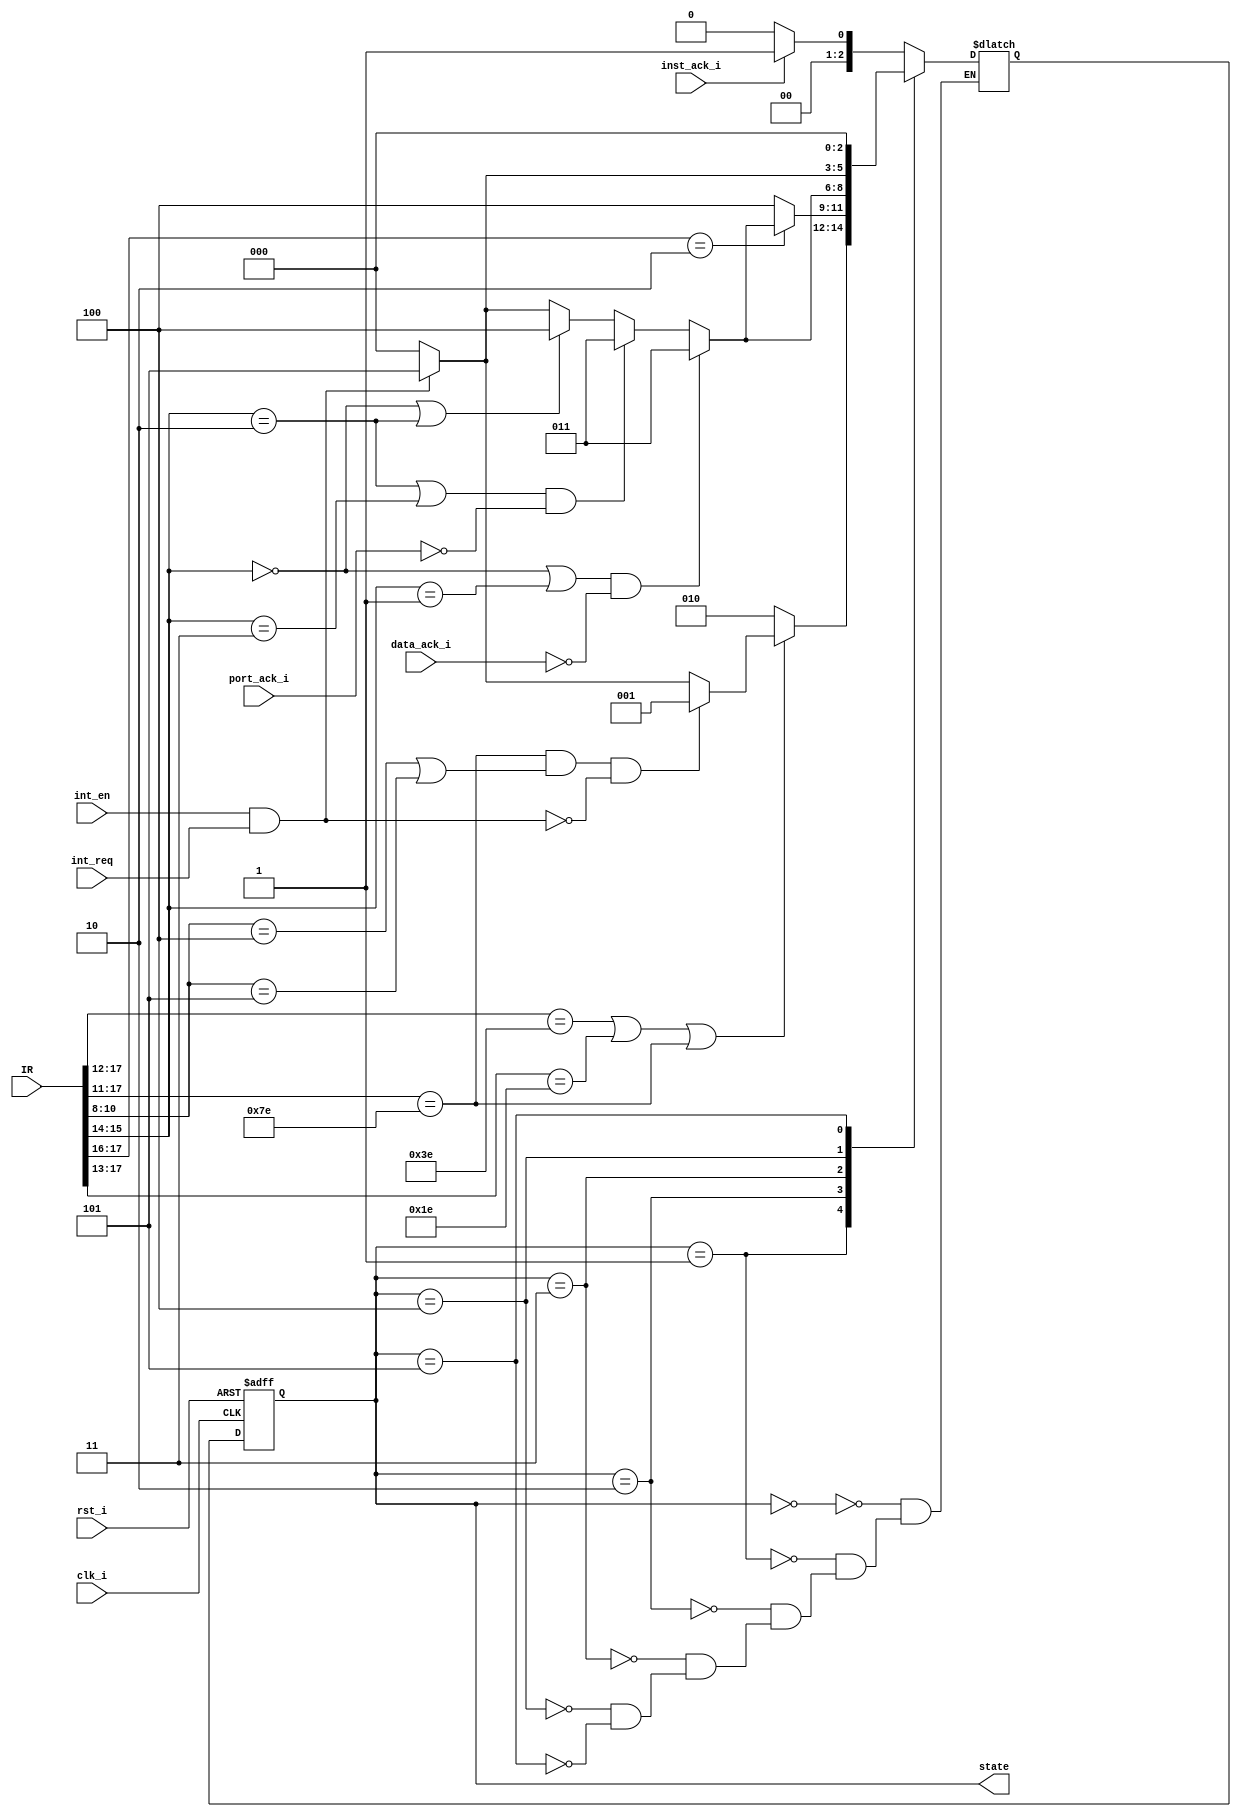
module fsm_gumnut(
	 input            clk_i,  // Clock
    input            rst_i,  // Reset
	 input[17:0]      IR,     // Instruction Register
	 // Interrupts
    input            int_req, // Interrupt request
	 input            int_en,  // Interrupt enable
	 input            inst_ack_i, //Enable for decode
	 input            data_ack_i, //Enable for data entry
	 input		      port_ack_i, // Enable for IO entry
	 output reg [2:0] state   // FSM state

);

// Constant
localparam [2:0] alu_fn_add  = 3'b000;
localparam [2:0] alu_fn_addc = 3'b001;
localparam [2:0] alu_fn_sub  = 3'b010;
localparam [2:0] alu_fn_subc = 3'b011;
localparam [2:0] alu_fn_and  = 3'b100;
localparam [2:0] alu_fn_or   = 3'b101;
localparam [2:0] alu_fn_xor  = 3'b110;
localparam [2:0] alu_fn_mask = 3'b111;

localparam [1:0] shift_fn_shl = 2'b00;
localparam [1:0] shift_fn_shr = 2'b01;
localparam [1:0] shift_fn_rol = 2'b10;
localparam [1:0] shift_fn_ror = 2'b11;

localparam [1:0] mem_fn_ldm = 2'b00;
localparam [1:0] mem_fn_stm = 2'b01;
localparam [1:0] mem_fn_inp = 2'b10;
localparam [1:0] mem_fn_out = 2'b11;

localparam [1:0] branch_fn_bz  = 2'b00;
localparam [1:0] branch_fn_bnz = 2'b01;
localparam [1:0] branch_fn_bc  = 2'b10;
localparam [1:0] branch_fn_bnc = 2'b11;

localparam [0:0] jump_fn_jmp = 1'b0;
localparam [0:0] jump_fn_jsb = 1'b1;

localparam [2:0] misc_fn_ret  	  = 3'b000;
localparam [2:0] misc_fn_reti 	  = 3'b001;
localparam [2:0] misc_fn_enai 	  = 3'b010;
localparam [2:0] misc_fn_disi 	  = 3'b011;
localparam [2:0] misc_fn_wait 	  = 3'b100;
localparam [2:0] misc_fn_stby 	  = 3'b101;
localparam [2:0] misc_fn_undef_6 = 3'b110;
localparam [2:0] misc_fn_undef_7 = 3'b111;

//IR Partition
wire [ 2: 0] IR_alu_reg_fn;
wire [16:14] IR_alu_immed_fn;
wire [ 1: 0] IR_shift_fn;
wire [15:14] IR_mem_fn;
wire [11:10] IR_branch_fn;
wire [12:12] IR_jump_fn;
wire [10: 8] IR_misc_fn;

wire [13:11] IR_rd;
wire [10: 8] IR_rs;
wire [ 7: 5] IR_r2;
wire [ 7: 0] IR_immed;
wire [ 7: 5] IR_count;
wire [ 7: 0] IR_offset;
wire [ 7: 0] IR_disp;
wire [11: 0] IR_addr;

wire IR_decode_alu_immed;
wire IR_decode_mem;
wire IR_decode_shift;
wire IR_decode_alu_reg;
wire IR_decode_jump;
wire IR_decode_branch;
wire IR_decode_misc;

assign IR_alu_reg_fn   = IR[2:0];
assign IR_alu_immed_fn = IR[16:14];
assign IR_shift_fn     = IR[1:0];
assign IR_mem_fn       = IR[15:14];
assign IR_branch_fn    = IR[11:10];
assign IR_jump_fn      = IR[12:12];
assign IR_misc_fn      = IR[10:8];

assign IR_rd     = IR[13:11];
assign IR_rs     = IR[10:8];
assign IR_r2     = IR[7:5];
assign IR_immed  = IR[7:0];
assign IR_count  = IR[7:5];
assign IR_offset = IR[7:0];
assign IR_disp   = IR[7:0];
assign IR_addr   = IR[11:0];

assign IR_decode_alu_immed = IR[17]    == 1'b0;
assign IR_decode_mem       = IR[17:16] == 2'b10;
assign IR_decode_shift     = IR[17:15] == 3'b110;
assign IR_decode_alu_reg   = IR[17:14] == 4'b1110;
assign IR_decode_jump      = IR[17:13] == 5'b11110;
assign IR_decode_branch    = IR[17:12] == 6'b111110;
assign IR_decode_misc      = IR[17:11] == 7'b1111110;

// FSM State Definition
parameter [2:0] fetch_state      = 3'b000,
					decode_state     = 3'b001,
					execute_state    = 3'b010,
					mem_state        = 3'b011,
					write_back_state = 3'b100,
					int_state        = 3'b101;
reg [2:0] next_state;

// Control Unit State Machine  
always @*  // next state logic
 case (state)
	fetch_state: // Get instruction from IR
	  if (!inst_ack_i) next_state = fetch_state; // If inst_ack_i is LOW, stay in FETCH
	  else             next_state = decode_state; // If inst_ack_i is HIGH, go to decode
	  
	decode_state: // Identifies the type of operations, contained in IR
	  if (IR_decode_branch || IR_decode_jump || IR_decode_misc) begin// If instruction type BRANCH, JUMP OR MISC 
		 if (IR_decode_misc
			&& (IR_misc_fn == misc_fn_wait || IR_misc_fn == misc_fn_stby) // If WAIT or STANDBY
			&& !(int_en && int_req))
			next_state = decode_state; //and INT_EN = 0 INT_REQ = 0. Stay in Decode
		 else if (int_en && int_req)  // if INT_EN and INT_REQ are HIGH go to int_state
			next_state = int_state;
		 else 
			next_state = fetch_state;
	  end
	  else // ANY other type of operation, go to execute
		 next_state = execute_state;
		
	execute_state: // Do necessary operation given the instruction
	  if (IR_decode_mem) begin
		 if ((IR_mem_fn == mem_fn_ldm || IR_mem_fn == mem_fn_stm)
			  && !data_ack_i) // If memory operation but memory not enabled go to mem_state
			next_state = mem_state;
		 else if ((IR_mem_fn == mem_fn_inp || IR_mem_fn == mem_fn_out) // If memory operation but port not enabled go to mem_state
					 && !port_ack_i)
			next_state = mem_state;
		 else if (IR_mem_fn == mem_fn_ldm || IR_mem_fn == mem_fn_inp) 
			next_state = write_back_state; //If memory operation AND memory enabled go to write_back_state
		 else if (int_en && int_req)// If interupt, go to interrupt state
			next_state = int_state;
		 else
			next_state = fetch_state;
	  end
	  else
		 next_state = write_back_state;
		 
	mem_state:// Wait for data and/or port to be ENABLED for memory opertion
	  if ((IR_mem_fn == mem_fn_ldm || IR_mem_fn == mem_fn_stm)
			&& !data_ack_i)
		 next_state = mem_state;
	  else if ((IR_mem_fn == mem_fn_inp || IR_mem_fn == mem_fn_out)
				  && !port_ack_i)
		 next_state = mem_state;
	  else if (IR_mem_fn == mem_fn_ldm || IR_mem_fn == mem_fn_inp)
		 next_state = write_back_state;
	  else if (int_en && int_req) // Interupt
			next_state = int_state;
	  else // If operation changed (which should NOT be possible) go to FETCH
		 next_state = fetch_state;
		 
	write_back_state: // Execute write operations and go back to fetch
	  if (int_en && int_req) next_state = int_state; // Interrupt state
	  else                   next_state = fetch_state;
	  
	int_state:// transitory state, bc of interrupt
	  next_state = fetch_state;
 endcase

always @(posedge clk_i or posedge rst_i) // state reg
 if (rst_i) state <= fetch_state;
 else       state <= next_state;


endmodule